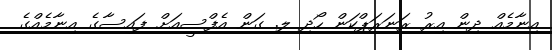
އިނާމެއް ދިން އިރު ރަނަރަޕްކަން ހޯދި ލ. ގަން އެފްސީއަށް ފައިސާގެ އިނާމެއްގެ